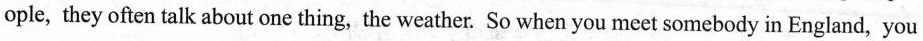
ople，they often talk about one thing, the weather. So when you meet somebody in England， you